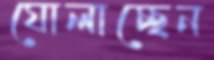
ঘোলাচ্ছেন